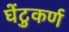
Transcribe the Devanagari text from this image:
घेंटुकर्ण